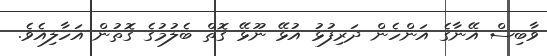
ވާބިސް އޭނާގެ އަންހެން ދަރިފުޅު އުޅޭ ނޫޅޭ ގޮތް ބެލުމުގެ ގޮތުން އަހާލިއެވެ.